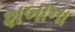
શબાના